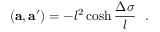
( { \bf a } , { \bf a ^ { \prime } } ) = - l ^ { 2 } \cosh { \frac { \Delta \sigma } { l } } ~ ~ .